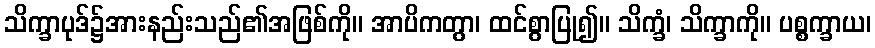
သိက္ခာပုဒ်၌အားနည်းသည်၏အဖြစ်ကို။ အာပိကတွာ၊ ထင်စွာပြု၍။ သိက္ခံ၊ သိက္ခာကို။ ပစ္စက္ခာယ၊